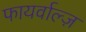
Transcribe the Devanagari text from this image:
फायर्वाल्ज़